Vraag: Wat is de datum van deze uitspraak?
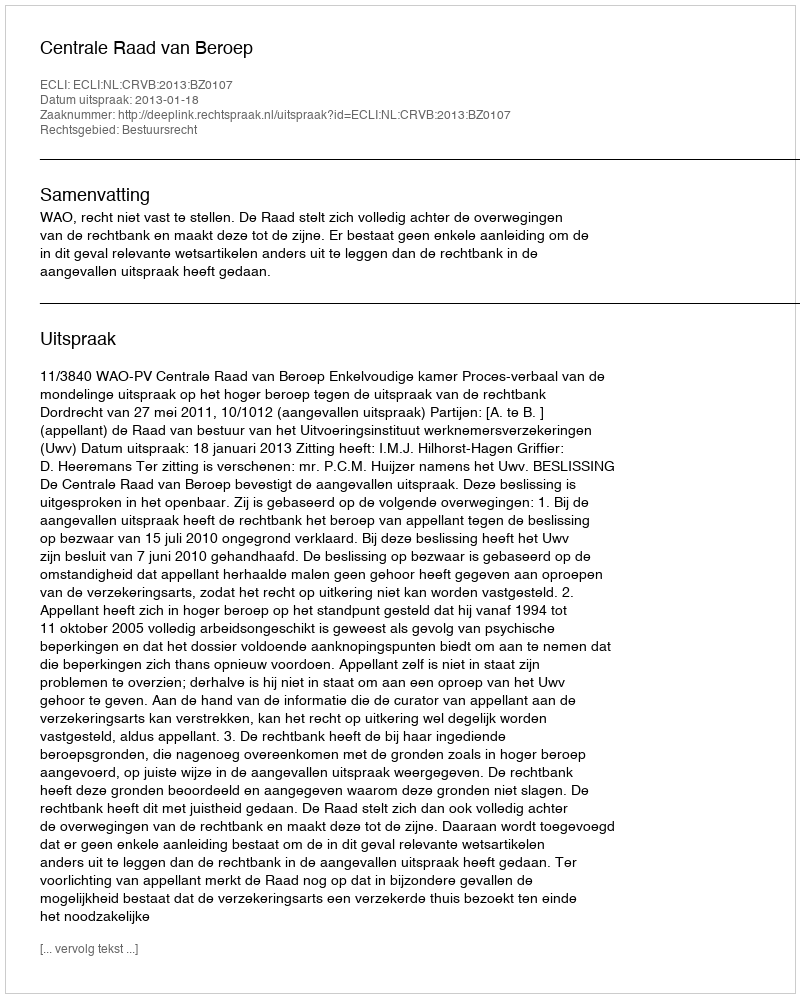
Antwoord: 2013-01-18